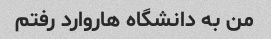
من به دانشگاه هاروارد رفتم